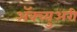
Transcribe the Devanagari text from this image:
अॅक्च्युअरी